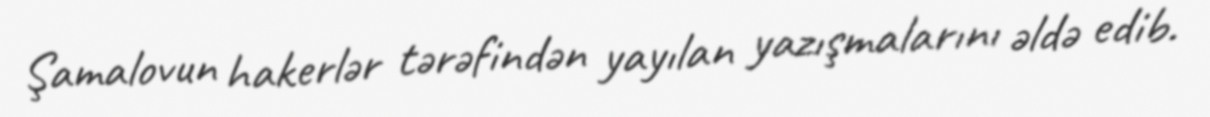
Şamalovun hakerlər tərəfindən yayılan yazışmalarını əldə edib.